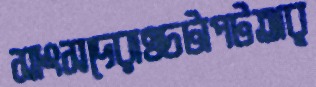
সাংসদেরাওচটাপটঅর্